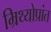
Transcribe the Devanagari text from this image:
म्रिथ्योप्रांत